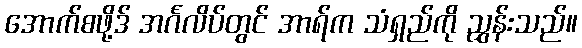
အောက်စဖို့ဒ် အင်္ဂလိပ်တွင် အာရ်က သံရှည်ကို ညွှန်းသည်။